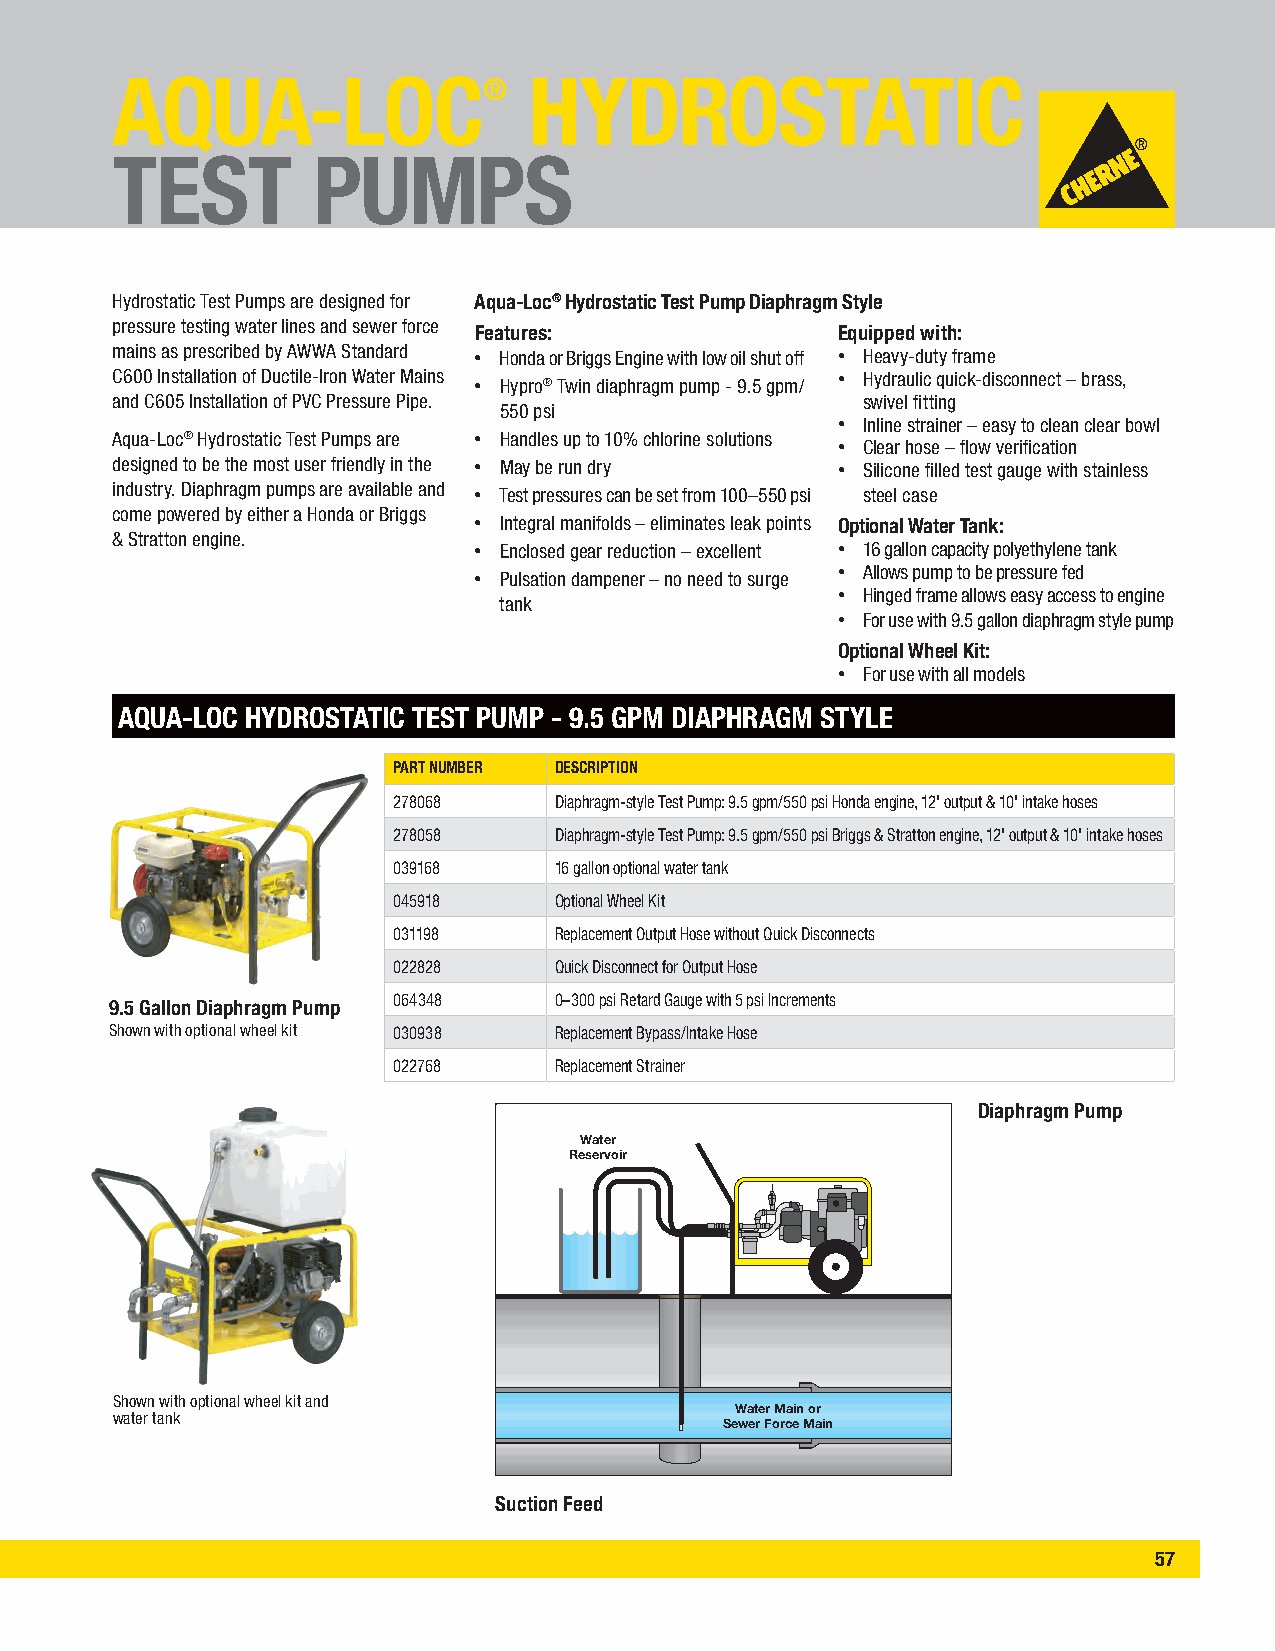
AQUA-LOC®                   HYDROSTATIC
 TEST          PUMPS
 Hydrostatic Test Pumps are designed for Aqua-Loc® Hydrostatic Test Pump Diaphragm Style
 pressure testing water lines and sewer force Features: Equipped with:
 mains as prescribed by AWWA Standard • Honda or Briggs Engine with low oil shut off • Heavy-duty frame
 C600 Installation of Ductile-Iron Water Mains • Hypro® Twin diaphragm pump - 9.5 gpm/ • Hydraulic quick-disconnect – brass,
 and C605 Installation of PVC Pressure Pipe.       swivel fitting
 550 psi
 • Inline strainer – easy to clean clear bowl
 Aqua-Loc® Hydrostatic Test Pumps are • Handles up to 10% chlorine solutions
 • Clear hose – flow verification
 designed to be the most user friendly in the • May be run dry • Silicone filled test gauge with stainless
 industry. Diaphragm pumps are available and • Test pressures can be set from 100–550 psi steel case
 come powered by either a Honda or Briggs
 • Integral manifolds – eliminates leak points Optional Water Tank:
 & Stratton engine.
 • Enclosed gear reduction – excellent • 16 gallon capacity polyethylene tank
 • Pulsation dampener – no need to surge • Allows pump to be pressure fed
 • Hinged frame allows easy access to engine
 tank
 • For use with 9.5 gallon diaphragm style pump
 Optional Wheel Kit:
 • For use with all models
 AQUA-LOC HYDROSTATIC TEST PUMP - 9.5 GPM DIAPHRAGM STYLE
 PART NUMBER DESCRIPTION
 278068     Diaphragm-style Test Pump: 9.5 gpm/550 psi Honda engine, 12' output & 10' intake hoses
 278058     Diaphragm-style Test Pump: 9.5 gpm/550 psi Briggs & Stratton engine, 12' output & 10' intake hoses
 039168     16 gallon optional water tank
 045918     Optional Wheel Kit
 031198     Replacement Output Hose without Quick Disconnects
 022828     Quick Disconnect for Output Hose
 064348     0–300 psi Retard Gauge with 5 psi Increments
 9.5 Gallon Diaphragm Pump
 Shown with optional wheel kit 030938 Replacement Bypass/Intake Hose
 022768     Replacement Strainer
 Diaphragm Pump
 Water
 Reservoir
 Shown with optional wheel kit and
 Water Main or
 water tank
 Sewer Force Main
 Suction Feed
 57